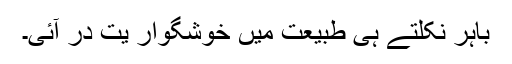
باہر نکلتے ہی طبیعت میں خوشگوار یت در آئی۔